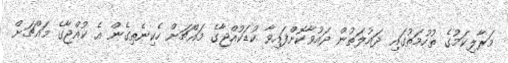
މަރާލިކަމުގެ ތުހުމަތުގައި ދައުލަތުން ދައުވާކޮށްފައިވާ ކުޑަކުއްޖާގެ މައްޗަށް ހެކިނެތިގެން އެ ކުއްޖާގެ މައްޗަށް